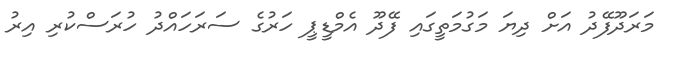
މަރަދޫފޭދު އަށް ދިޔަ މަގުމަތީގައި ފޭދޫ އެމްޑީޕީ ހަރުގެ ސަރަހައްދު ހުރަސްކުރި އިރު